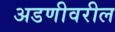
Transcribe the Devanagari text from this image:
अडणीवरील